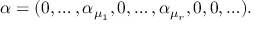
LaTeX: \alpha = ( 0 , \ldots , \alpha _ { \mu _ { 1 } } , 0 , \ldots , \alpha _ { \mu _ { r } } , 0 , 0 , \ldots ) .